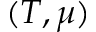
( T , \mu )